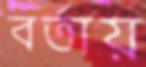
বর্তায়